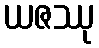
ယဇဿု